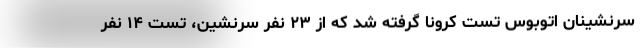
سرنشینان اتوبوس تست کرونا گرفته شد که از ۲۳ نفر سرنشین، تست ۱۴ نفر